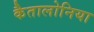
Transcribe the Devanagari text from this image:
कैतालोनिया